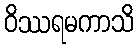
ဝိဿရမကာသိ